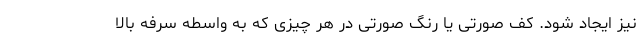
نیز ایجاد شود. کف صورتی یا رنگ صورتی در هر چیزی که به واسطه سرفه بالا